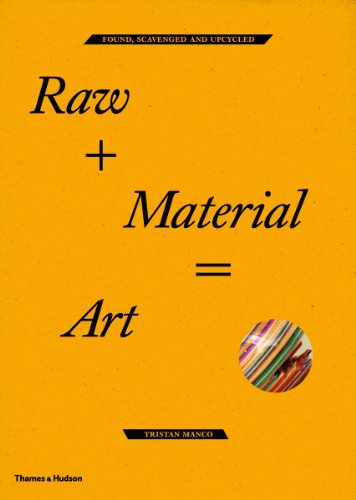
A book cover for Raw+Material=Art: Found, Scavenged and Upcycled; Tristan Manco; Arts & Photography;